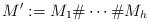
LaTeX: \begin{align*}M':= M_1\#\cdots\# M_h\end{align*}